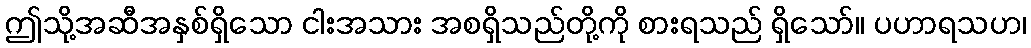
ဤသို့အဆီအနှစ်ရှိသော ငါးအသား အစရှိသည်တို့ကို စားရသည် ရှိသော်။ ပဟာရသဟ၊